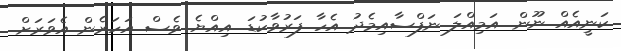
ކަނީއެއް ނޫން. އަމިއްލަ ނަފްސާއިމެދު އެހާ ފަރުވާކުޑަ. އިއްޔެ ވެސް އަހަރެން އެވަރަށް